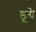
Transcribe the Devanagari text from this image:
डूग्रे